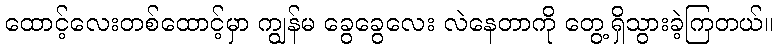
ထောင့်လေးတစ်ထောင့်မှာ ကျွန်မ ခွေခွေလေး လဲနေတာကို တွေ့ရှိသွားခဲ့ကြတယ်။